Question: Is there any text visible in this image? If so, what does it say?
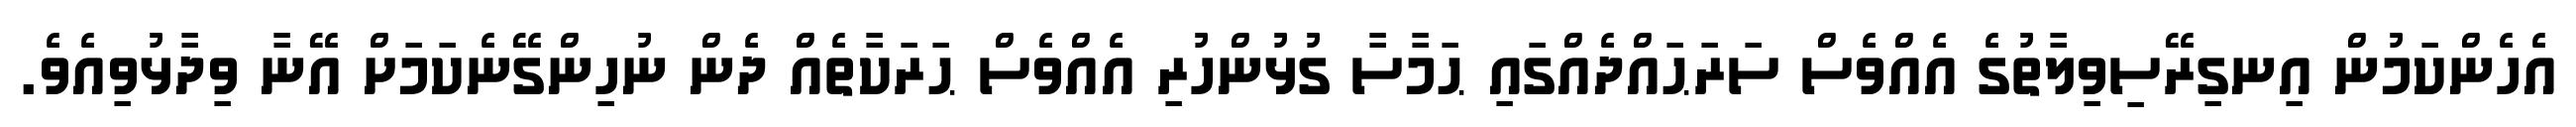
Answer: އެހެންކަމުން އިނގިރޭސިވިލާތުގެ އެއްވެސް ސަރަޙައްދެއްގައި ޙަމާސާ ގުޅުންހުރި އެއްވެސް ޙަރަކާތެއް ދެން ނުހިންގޭނެކަމަށް އޭނާ ވިދާޅުވިއެވެ.